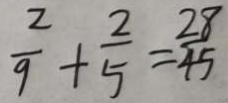
\frac { 2 } { 9 } + \frac { 2 } { 5 } = \frac { 2 8 } { 4 5 }